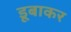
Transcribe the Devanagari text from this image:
डूबाकर